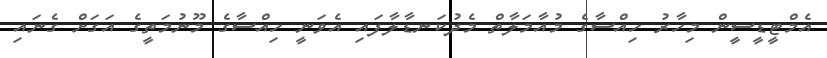
އެމްޓީޑީސީން މިހާރު ހިއްސާގެ މުއާމަލާތް މެދުކަނޑާލާފައި އެވަނީ ހިއްސާގެ މޫނުމަތީގެ އަގަށް ގެނައި